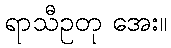
ရာသီဥတု အေး။